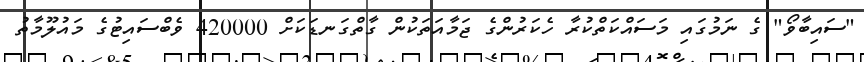
"ސައިބާވޯ" ގެ ނަމުގައި މަސައްކަތްކުރާ ހެކަރުންގެ ޖަމާއަތަކުން ގާތްގަނޑަކަށް 420000 ވެބްސައިޓުގެ މައުލޫމާތު